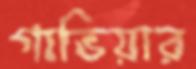
গাভিয়ার